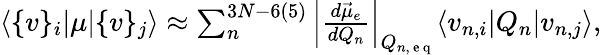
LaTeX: \begin{array}{r}{\langle\{ v\} _{i}\lvert\mu\lvert\{ v\} _{j}\rangle\approx\sum_{n}^{3N-6(5)}\left|\frac{d\vec{\mu}_{e}}{dQ_{n}}\right|_{Q_{n,\mathrm{~e~q~}}}\langle v_{n,i}\lvert Q_{n}\lvert v_{n,j}\rangle,}\end{array}